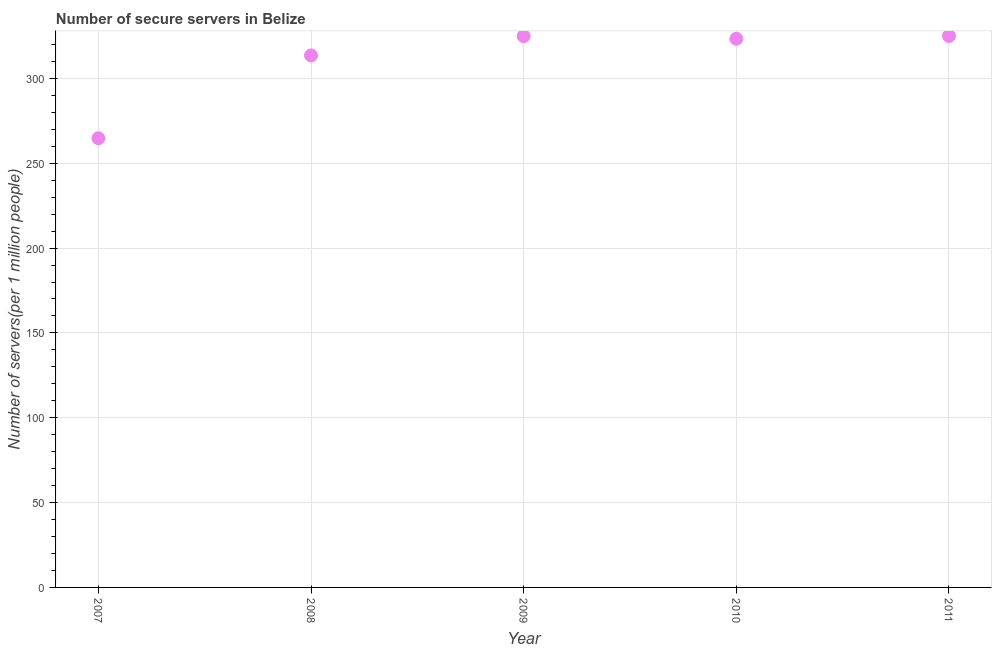
| Year | Secure Internet servers |
 | --- | --- |
 | 2007 | 265 |
 | 2008 | 314 |
 | 2009 | 325 |
 | 2010 | 323 |
 | 2011 | 325 |